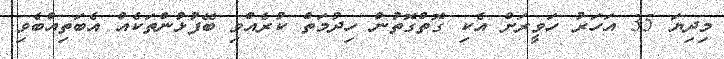
މިދިޔަ 35 އަހަރު ހަވީރަށް އެކި ގޮތްގޮތުން ހިދުމަތް ކުރެއްވި ބޭފުޅުންތަކެއް އެބަތިއްބެވި.